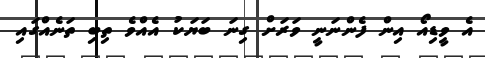
އެ ވީޑިއޯ އިން ފެންނަނީ ވަރަށް ގިނަ ބަޔަކު އެއްވެ ތިބި ތަނެއްގައި